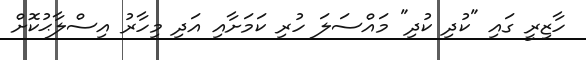
ހާޒިރީ ގައި "ކުދި ކުދި" މަައްސަލަ ހުރި ކަމަށާއި އަދި މިހާރު އިސްލާޙުކޮށް